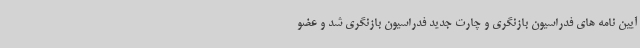
آیین نامه های فدراسیون بازنگری و چارت جدید فدراسیون بازنگری شد و عضو